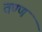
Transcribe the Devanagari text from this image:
तण्ण